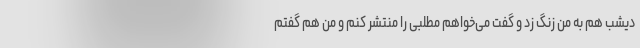
دیشب هم به من زنگ زد و گفت می‌خواهم مطلبی را منتشر کنم و من هم گفتم